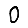
Digit: 0